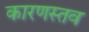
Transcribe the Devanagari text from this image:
कारणस्तव